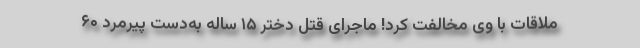
ملاقات با وی مخالفت کرد! ماجرای قتل دختر ۱۵ ساله به‌دست پیرمرد ۶۰